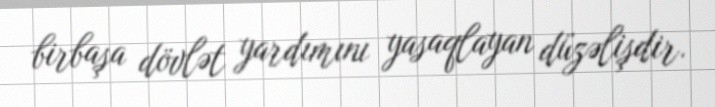
birbaşa dövlət yardımını yasaqlayan düzəlişdir.